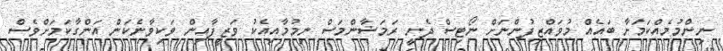
ނިންމުމެއްކަމަށާ ބައެއް މުވައްޒިފުންނަށް ނޯޓިސް ދެނީ ރަމަޟާންމަސް ނިމުމާއިއެކު ވަޒީފާއިން ވަކިވާނެކަން އަންގާކަމަށްވެސް